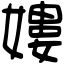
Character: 㜢